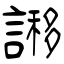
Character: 謻